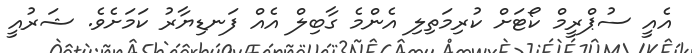
އެއީ ސުޕްރީމް ކޯޓަށް ކުރިމަތިލި އެންމެ ގާބިލް އެއް ފަނޑިޔާރު ކަމަށެވެ. ޝަރުއީ